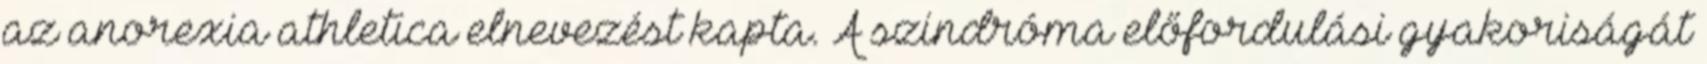
az anorexia athletica elnevezést kapta. A szindróma előfordulási gyakoriságát